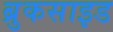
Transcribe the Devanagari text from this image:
ब्रुकसाइड